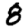
Digit: 8